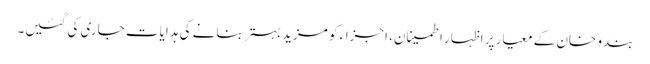
بندو خان کے معیار پر اظہار اطمینان، اجزاء کو مزید بہتر بنانے کی ہدایات جاری کی گئیں۔